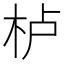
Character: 栌